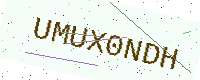
Text: UMUX0NDH